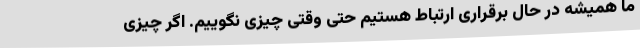
ما همیشه در حال برقراری ارتباط هستیم حتی وقتی چیزی نگوییم. اگر چیزی